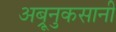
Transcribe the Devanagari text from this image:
अब्रूनुकसानी